Document type: Sale
Year: 1323
Scribe: Guillem Coscoll
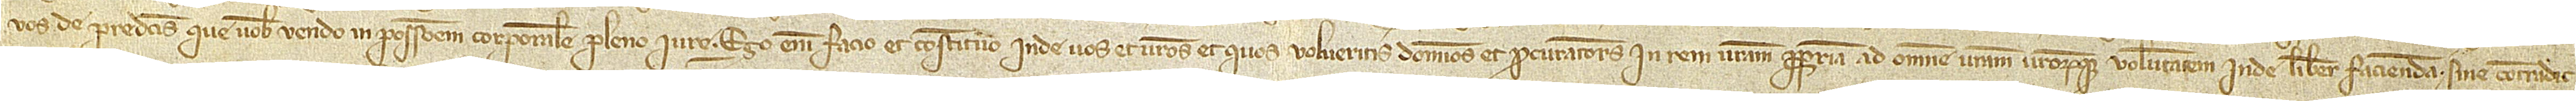
vos de predictis que vobis vendo in possessionem corporalem pleno iure. Ego enim facio et constituo inde vos et vestros et quos volueritis dominos et procuratores in rem vestram propriam ad omnem vestram vestrorumque voluntatem inde libere faciendam, sine contradic-